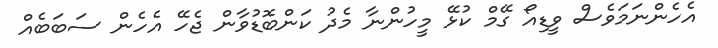
އެހެންނަމަވެސް ވީޑިއޯ ގޭމް ކުޅޭ މީހުންނާ މެދު ކަންބޮޑުވާން ޖެހޭ އެހެން ސަބަބެއް